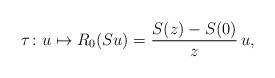
LaTeX: \begin{align*} \tau \colon u \mapsto R_0(Su)=\frac{S(z) - S(0)}{z} \, u, \end{align*}